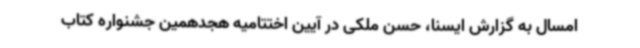
امسال به گزارش ایسنا، حسن ملکی در آیین اختتامیه هجدهمین جشنواره کتاب